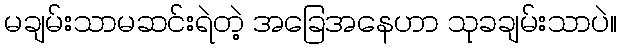
မချမ်းသာမဆင်းရဲတဲ့ အခြေအနေဟာ သုခချမ်းသာပဲ။